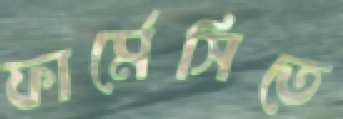
ফার্মেসিতে